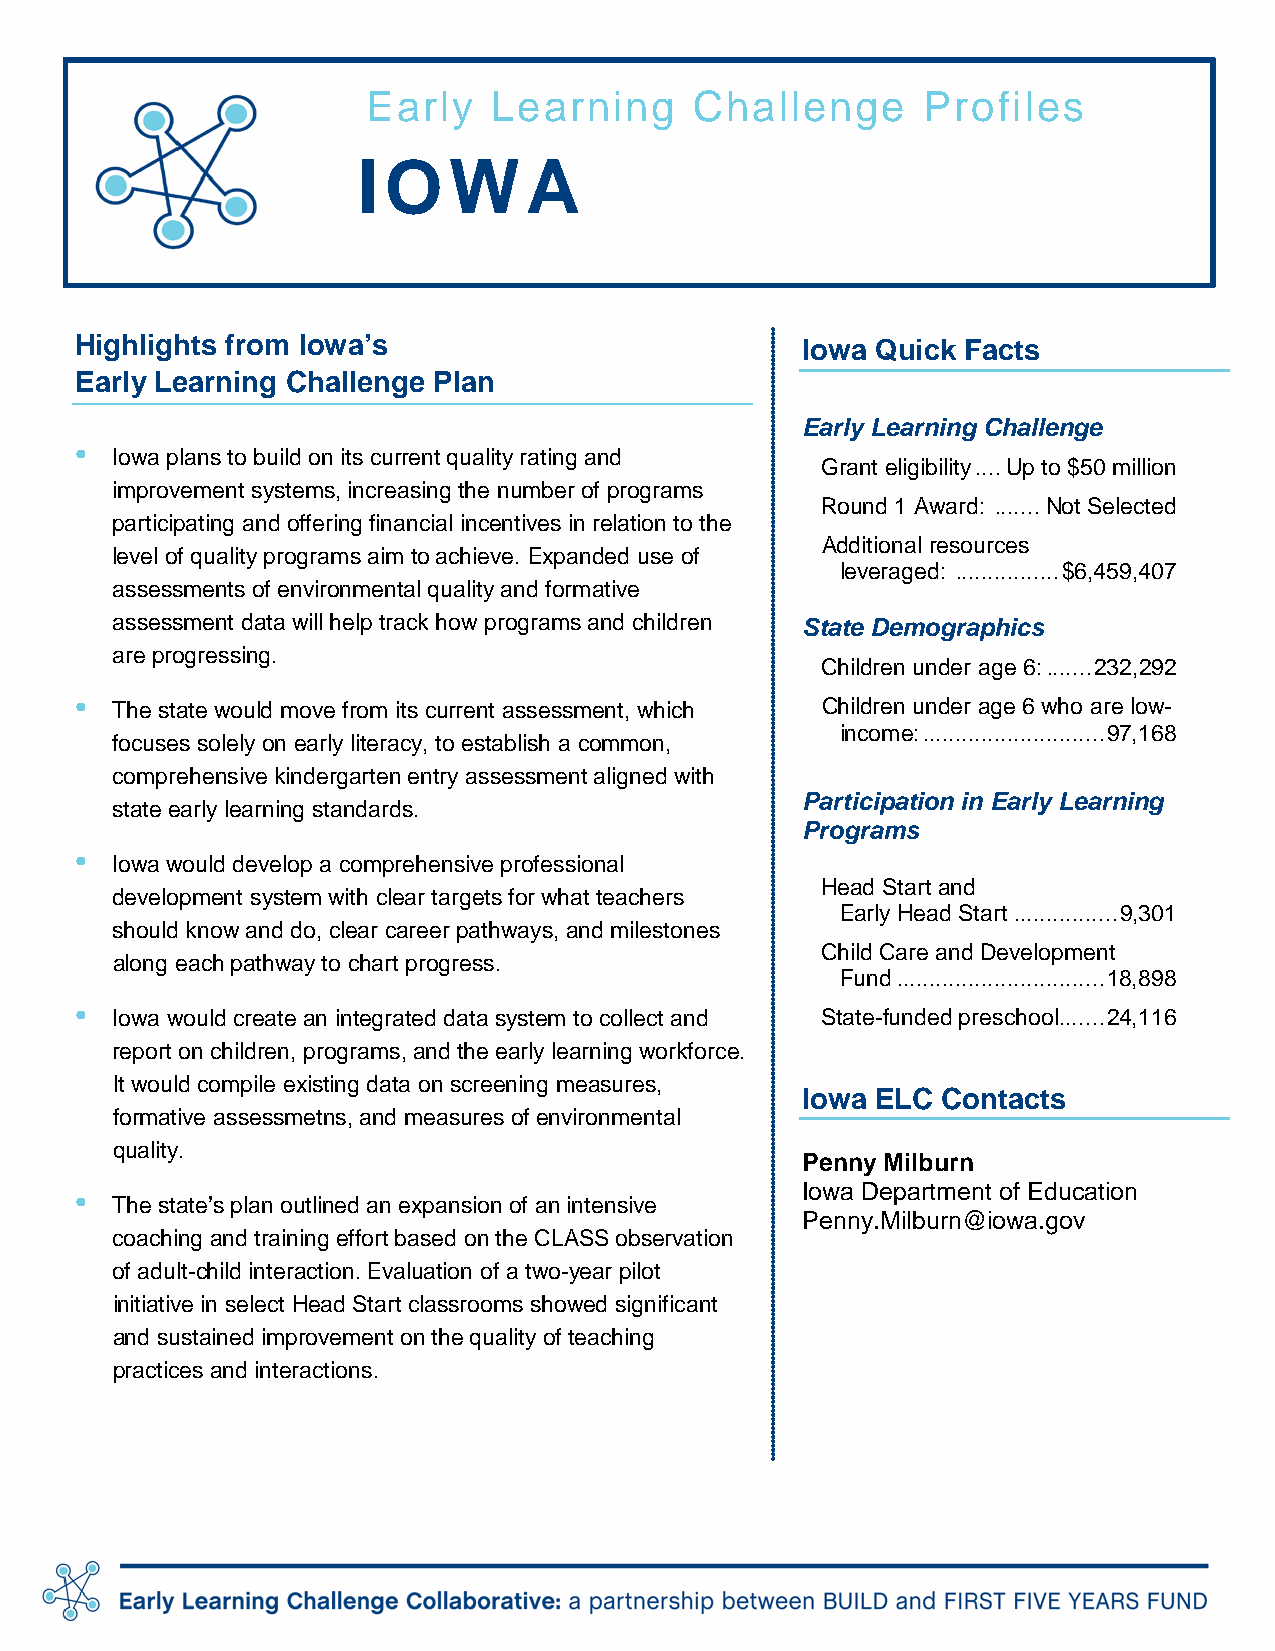
Early    Learning     Challenge      Profiles
 IOWA
 Highlights from Iowa’s                          Iowa Quick Facts
 Early Learning Challenge Plan
 Early Learning Challenge
 •
 Iowa plans to build on its current quality rating and
 Grant eligibility .... Up to $50 million
 improvement systems, increasing the number of programs
 Round 1 Award: ....... Not Selected
 participating and offering financial incentives in relation to the
 Additional resources
 level of quality programs aim to achieve. Expanded use of
 leveraged: ................ $6,459,407
 assessments of environmental quality and formative
 assessment data will help track how programs and children State Demographics
 are progressing.
 Children under age 6: ....... 232,292
 • The state would move from its current assessment, which Children under age 6 who are low-
 income: ............................ 97,168
 focuses solely on early literacy, to establish a common,
 comprehensive kindergarten entry assessment aligned with
 Participation in Early Learning
 state early learning standards.
 Programs
 •
 Iowa would develop a comprehensive professional
 Head Start and
 development system with clear targets for what teachers
 Early Head Start ................ 9,301
 should know and do, clear career pathways, and milestones
 Child Care and Development
 along each pathway to chart progress.
 Fund ................................ 18,898
 •
 Iowa would create an integrated data system to collect and State-funded preschool ....... 24,116
 report on children, programs, and the early learning workforce.
 It would compile existing data on screening measures,
 Iowa ELC Contacts
 formative assessmetns, and measures of environmental
 quality.
 Penny Milburn
 Iowa Department of Education
 •
 The state’s plan outlined an expansion of an intensive
 Penny.Milburn@iowa.gov
 coaching and training effort based on the CLASS observation
 of adult-child interaction. Evaluation of a two-year pilot
 initiative in select Head Start classrooms showed significant
 and sustained improvement on the quality of teaching
 practices and interactions.